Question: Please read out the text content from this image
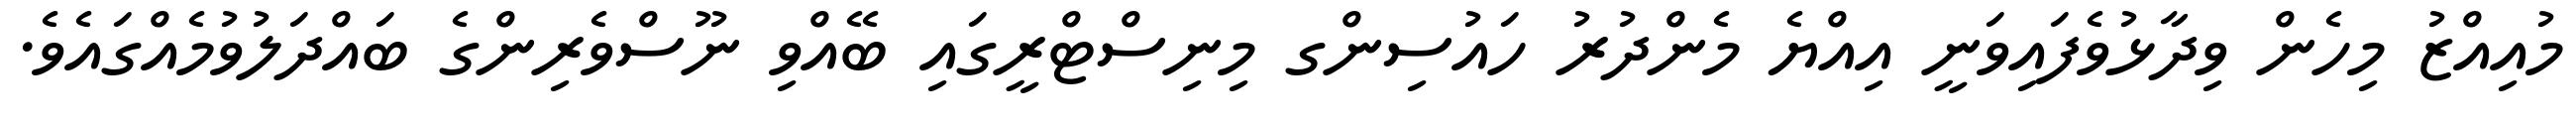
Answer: މުއިއްޒު މިހެން ވިދާޅުވެފައިވަނީ އިއްޔެ މެންދުރު ހައުސިންގ މިނިސްޓްރީގައި ބޭއްވި ނޫސްވެރިންގެ ބައްދަލުވުމެއްގައެވެ.